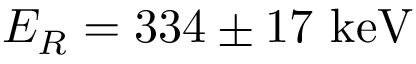
E _ { R } = 3 3 4 \pm 1 7 ~ \mathrm { k e V }